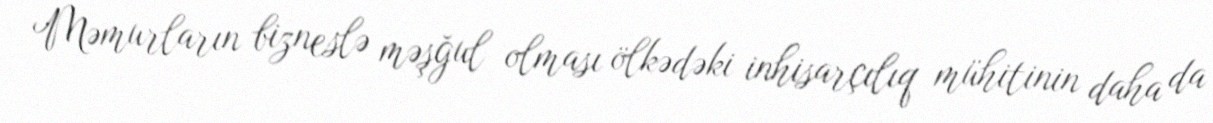
Məmurların bizneslə məşğul olması ölkədəki inhisarçılıq mühitinin daha da